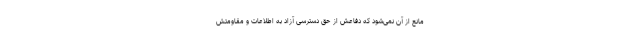
مانع از آن نمی‌شود که دفاعش از حق دسترسی آزاد به اطلاعات و مقاومتش